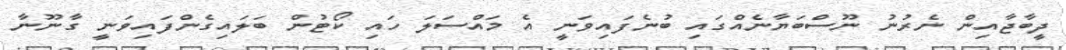
ދީބާޖާއިން ނެރުނު ނޫސްބަޔާނެއްގައި ބުނެފައިވަނީ އެ މައްސަލަ ހައި ކޯޓުން ބަލައިގެންފައިވަނީ ގާނޫނާ